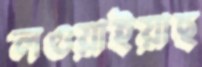
লওয়াইয়াছ